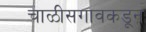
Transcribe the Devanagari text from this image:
चाळीसगावकडून